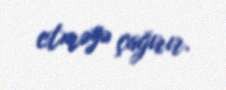
etməyə çağırır.